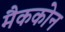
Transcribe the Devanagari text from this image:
मैककोन